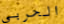
الحربي